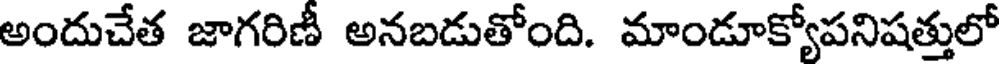
అందుచేత జాగరిణీ అనబడుతోంది. మాండూక్యోపనిషత్తులో